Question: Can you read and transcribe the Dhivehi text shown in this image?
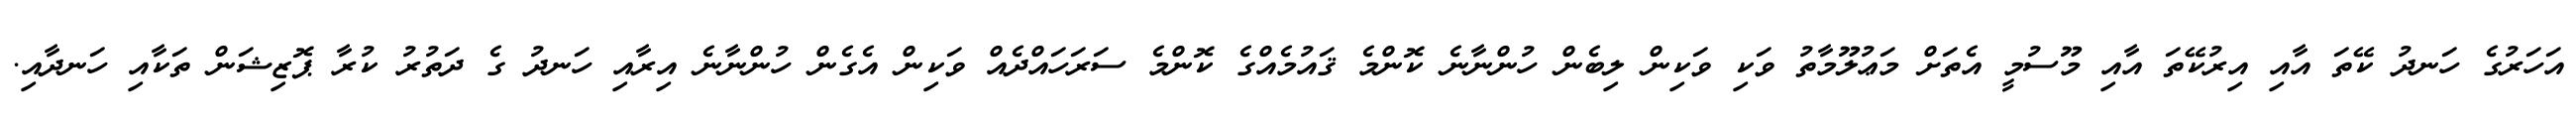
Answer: އަހަރުގެ ހަނދު ކޭތަ އާއި އިރުކޭތަ އާއި މޫސުމީ އެތަށް މަޢުލޫމާތު ވަކި ވަކިން ލިބެން ހުންނާނެ ކޮންމެ ޤައުމެއްގެ ކޮންމެ ސަރަހައްދެއް ވަކިން އެގެން ހުންނާނެ އިރާއި ހަނދު ގެ ދަތުރު ކުރާ ޕޮޒިޝަން ތަކާއި ހަނދާއި.